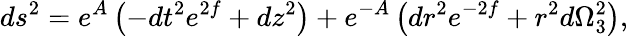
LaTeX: ds^{2}=e^{A}\left(-dt^{2}e^{2f}+dz^{2}\right)+e^{-A}\left(dr^{2}e^{-2f}+r^{2}d\Omega_{3}^{2}\right),